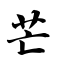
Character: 芒